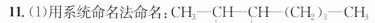
11.(1)用系统命名法命名：CH_{3}-CH-CH-(CH_{2})_{3}-CH_{3}